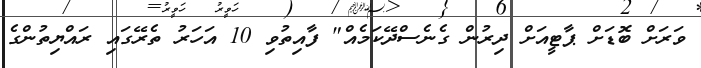
ވަރަށް ބޮޑަށް ޕާޓީއަށް ދިރުން ގެނެސްދޭކަމެއް" ފާއިތުވި 10 އަހަރު ތެރޭގައި ރައްޔިތުންގެ